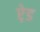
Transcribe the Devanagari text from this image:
ऐ़ड